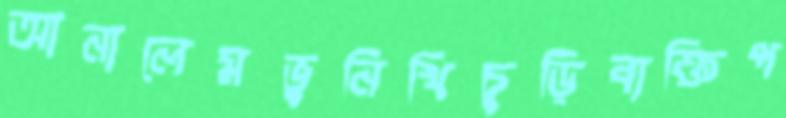
আনালেমভুনিখিচুড়িব্যক্তিপ